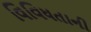
વિવિધતાની